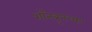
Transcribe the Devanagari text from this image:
शॉनब्रुनच्या